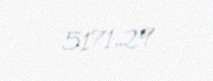
5171,29